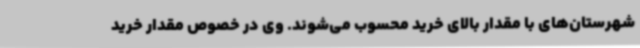
شهرستان‌های با مقدار بالای خرید محسوب می‌شوند. وی در خصوص مقدار خرید